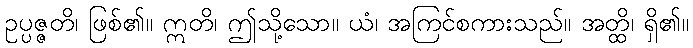
ဥပ္ပဇ္ဇတိ၊ ဖြစ်၏။ ဣတိ၊ ဤသို့သော။ ယံ၊ အကြင်စကားသည်။ အတ္ထိ၊ ရှိ၏။